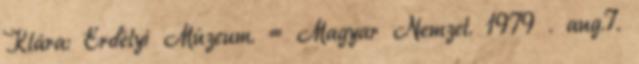
Klára: Erdélyi Múzeum. = Magyar Nemzet. 1979 . aug.7.